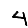
Digit: 4